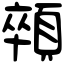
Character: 顇